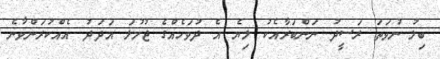
ބިލު ނުވަތަ ރަސީދު ނަންބަރާއެކު ލިޔެ އެ ދުވަހެއްގެ ޖުމުލަ އަދަދު އެއްކުރަންވާނެ